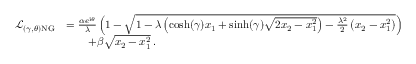
\begin{array} { r l } { \mathcal { L } _ { ( \gamma , \theta ) \mathrm { N G } } } & { = \frac { \alpha e ^ { \mathrm { i } \theta } } { \lambda } \left( 1 - \sqrt { 1 - \lambda \left( \cosh ( \gamma ) x _ { 1 } + \sinh ( \gamma ) \sqrt { 2 x _ { 2 } - x _ { 1 } ^ { 2 } } \right) - \frac { \lambda ^ { 2 } } { 2 } \left( x _ { 2 } - x _ { 1 } ^ { 2 } \right) } \right) } \\ & { \qquad + \beta \sqrt { x _ { 2 } - x _ { 1 } ^ { 2 } } \, . } \end{array}